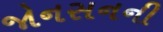
જોનસનની